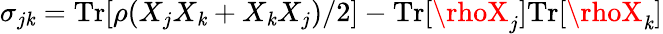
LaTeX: \sigma_{j\mathit{k}}=\mathrm{{Tr}}[\rho(X_{j}X_{\mathit{k}}+X_{\mathit{k}}X_{j})/2]-\mathrm{{Tr}}[\rhoX_{j}]\mathrm{{Tr}}[\rhoX_{\mathit{k}}]